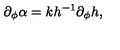
\partial _ { \phi } \alpha = k h ^ { - 1 } \partial _ { \phi } h ,